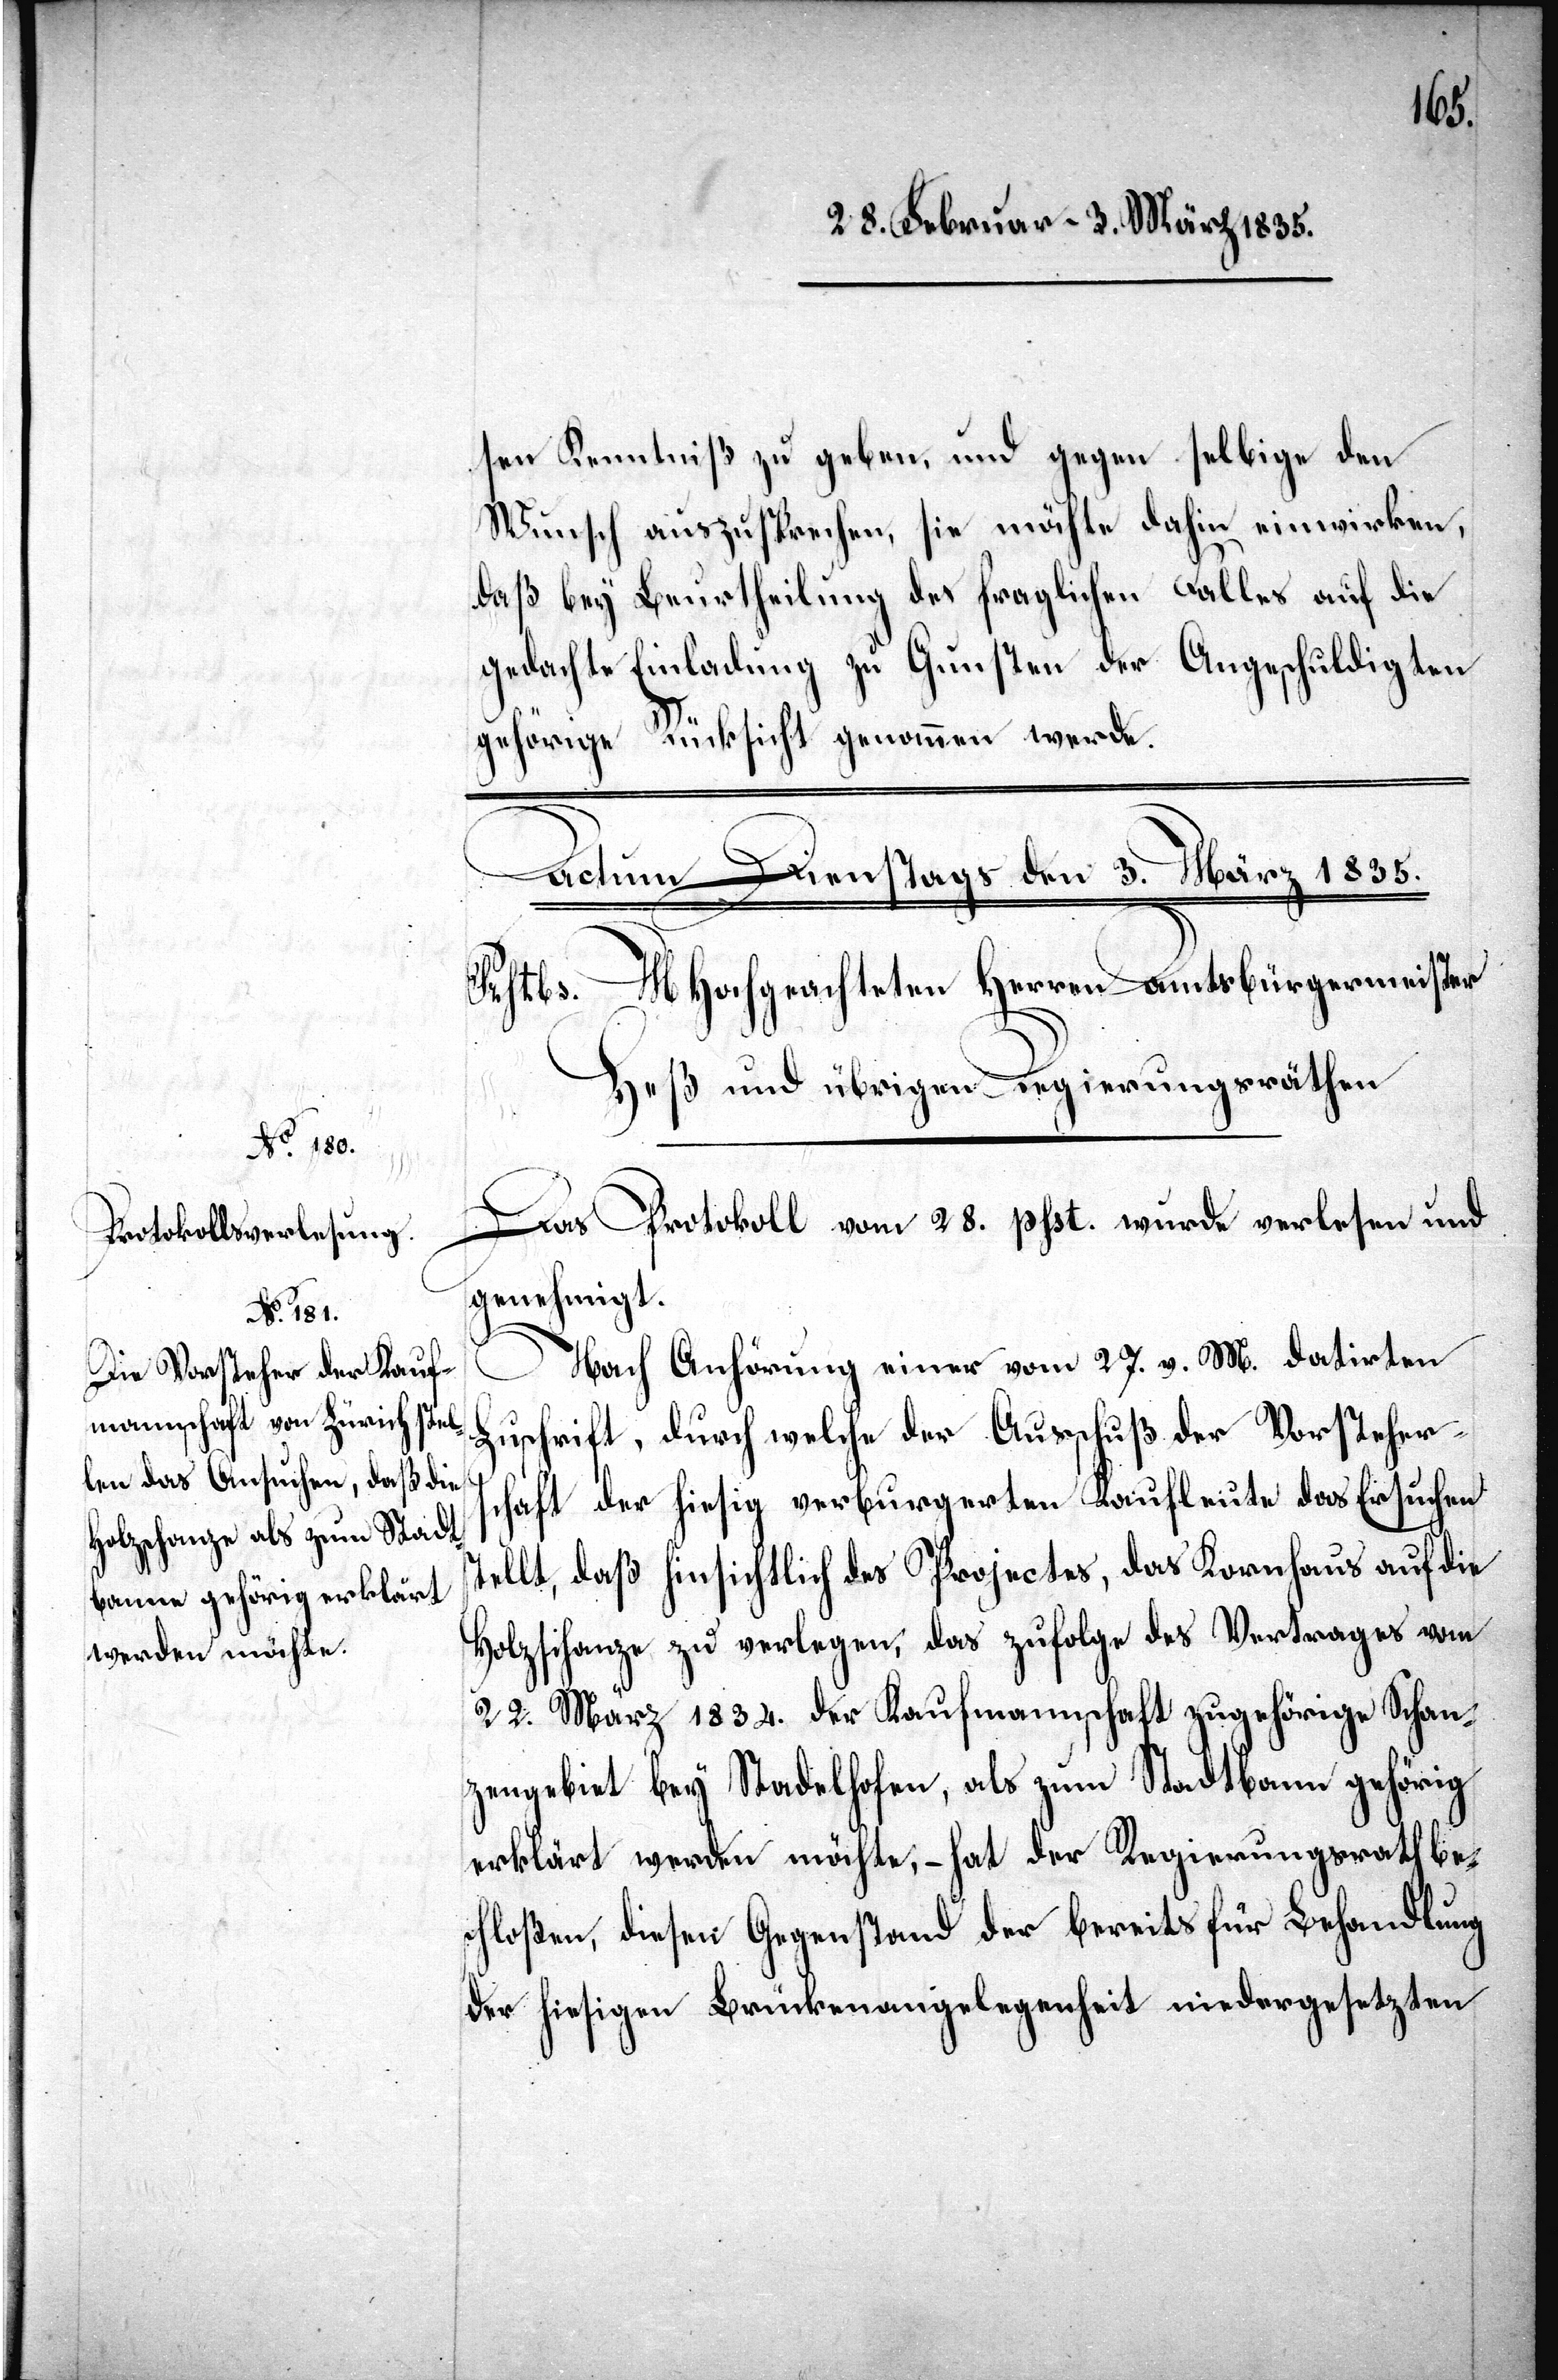
sen Kenntniß zu geben, und gegen selbige den
Wunsch auszusprechen, sie möchte dahin einwirken,
daß bey Beurtheilung des fraglichen Falles auf die
gedachte Einladung zu Gunsten der Angeschuldigten
gehörige Rücksicht genommen werde.
Das Protokoll vom 28. psst. wurde verlesen und
genehmigt.
Nach Anhörung einer vom 27. d. M. datirten
s¬
Zuschrift, durch welche der Ausschuß der Vorstehers¬
chaft der hiesig verburgerten Kaufleute das Ersuchen
tellt, daß hinsichtlich des Projectes, das Kornhause auf die
Holzschanze zu verlegen, das zufolge des Vertrages vom
22. März 1834. der Kaufmannschaft zugehörige Schan¬
zengebiet bey Stadelhofen, als zum Stadtbann gehörig
erklärt werden möchte, – hat der Regierungsrath be¬
schloßen, diesen Gegenstand der bereits für Behandlung
der hiesigen Brückenangelegenheit niedergesetzten